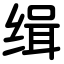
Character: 缉